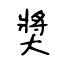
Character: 奬